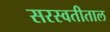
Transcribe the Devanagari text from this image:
सरस्वतीताल